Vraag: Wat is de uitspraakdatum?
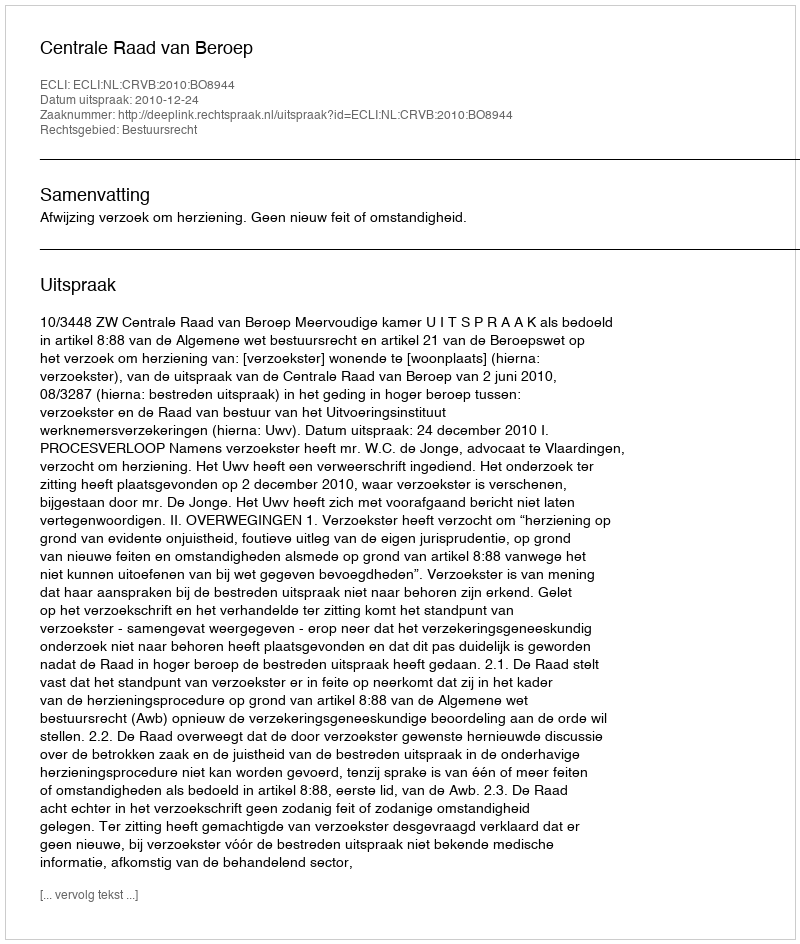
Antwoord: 2010-12-24